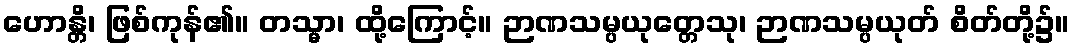
ဟောန္တိ၊ ဖြစ်ကုန်၏။ တသ္မာ၊ ထို့ကြောင့်။ ဉာဏသမ္ပယုတ္တေသု၊ ဉာဏသမ္ပယုတ် စိတ်တို့၌။